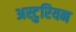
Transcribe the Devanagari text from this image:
अस्टुरियन